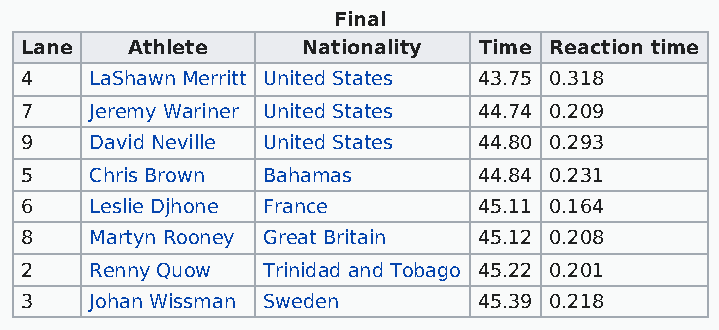
Final
 Lane   Athlete     Nationality Time Reaction time
 4    LaShawn Merritt United States 43.75 0.318
 7    Jeremy Wariner United States 44.74 0.209
 9    David Neville United States 44.80 0.293
 5    Chris Brown Bahamas       44.84 0.231
 6    Leslie Djhone France      45.11 0.164
 8    Martyn Rooney Great Britain 45.12 0.208
 2    Renny Quow Trinidad and Tobago 45.22 0.201
 3    Johan Wissman Sweden      45.39 0.218